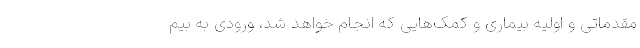
مقدماتی و اولیه بیماری و کمک‌هایی که انجام خواهد شد، ورودی به بیم